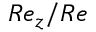
R e _ { z } / R e